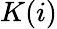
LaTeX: K(i)